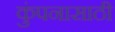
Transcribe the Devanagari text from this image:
कुंपनासाठी